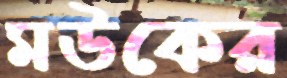
মউকের